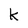
Character: K